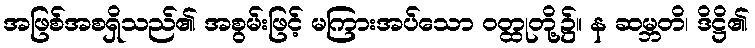
အဖြစ်အစရှိသည်၏ အစွမ်းဖြင့် မကြားအပ်သော ဝတ္ထုတို့၌။ န ဆမ္ဘတိ၊ ဒိဋ္ဌိ၏